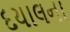
દયાલના